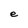
Character: e